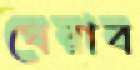
ঘেরাব